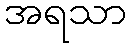
အရသာ